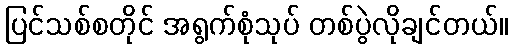
ပြင်သစ်စတိုင် အရွက်စုံသုပ် တစ်ပွဲလိုချင်တယ်။